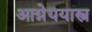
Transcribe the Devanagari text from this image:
आग्नेययास्त्र